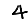
Digit: 4